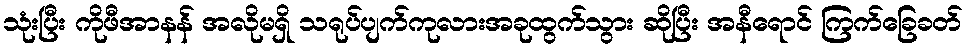
သုံးပြီး ကိုဖီအာနန် အလိုမရှိ သရုပ်ပျက်ကုလားအခုထွက်သွား ဆိုပြီး အနီရောင် ကြက်ခြေခတ်